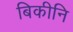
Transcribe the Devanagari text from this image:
बिकीनि